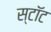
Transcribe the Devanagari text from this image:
स्टॉट